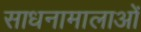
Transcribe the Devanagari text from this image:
साधनामालाओं